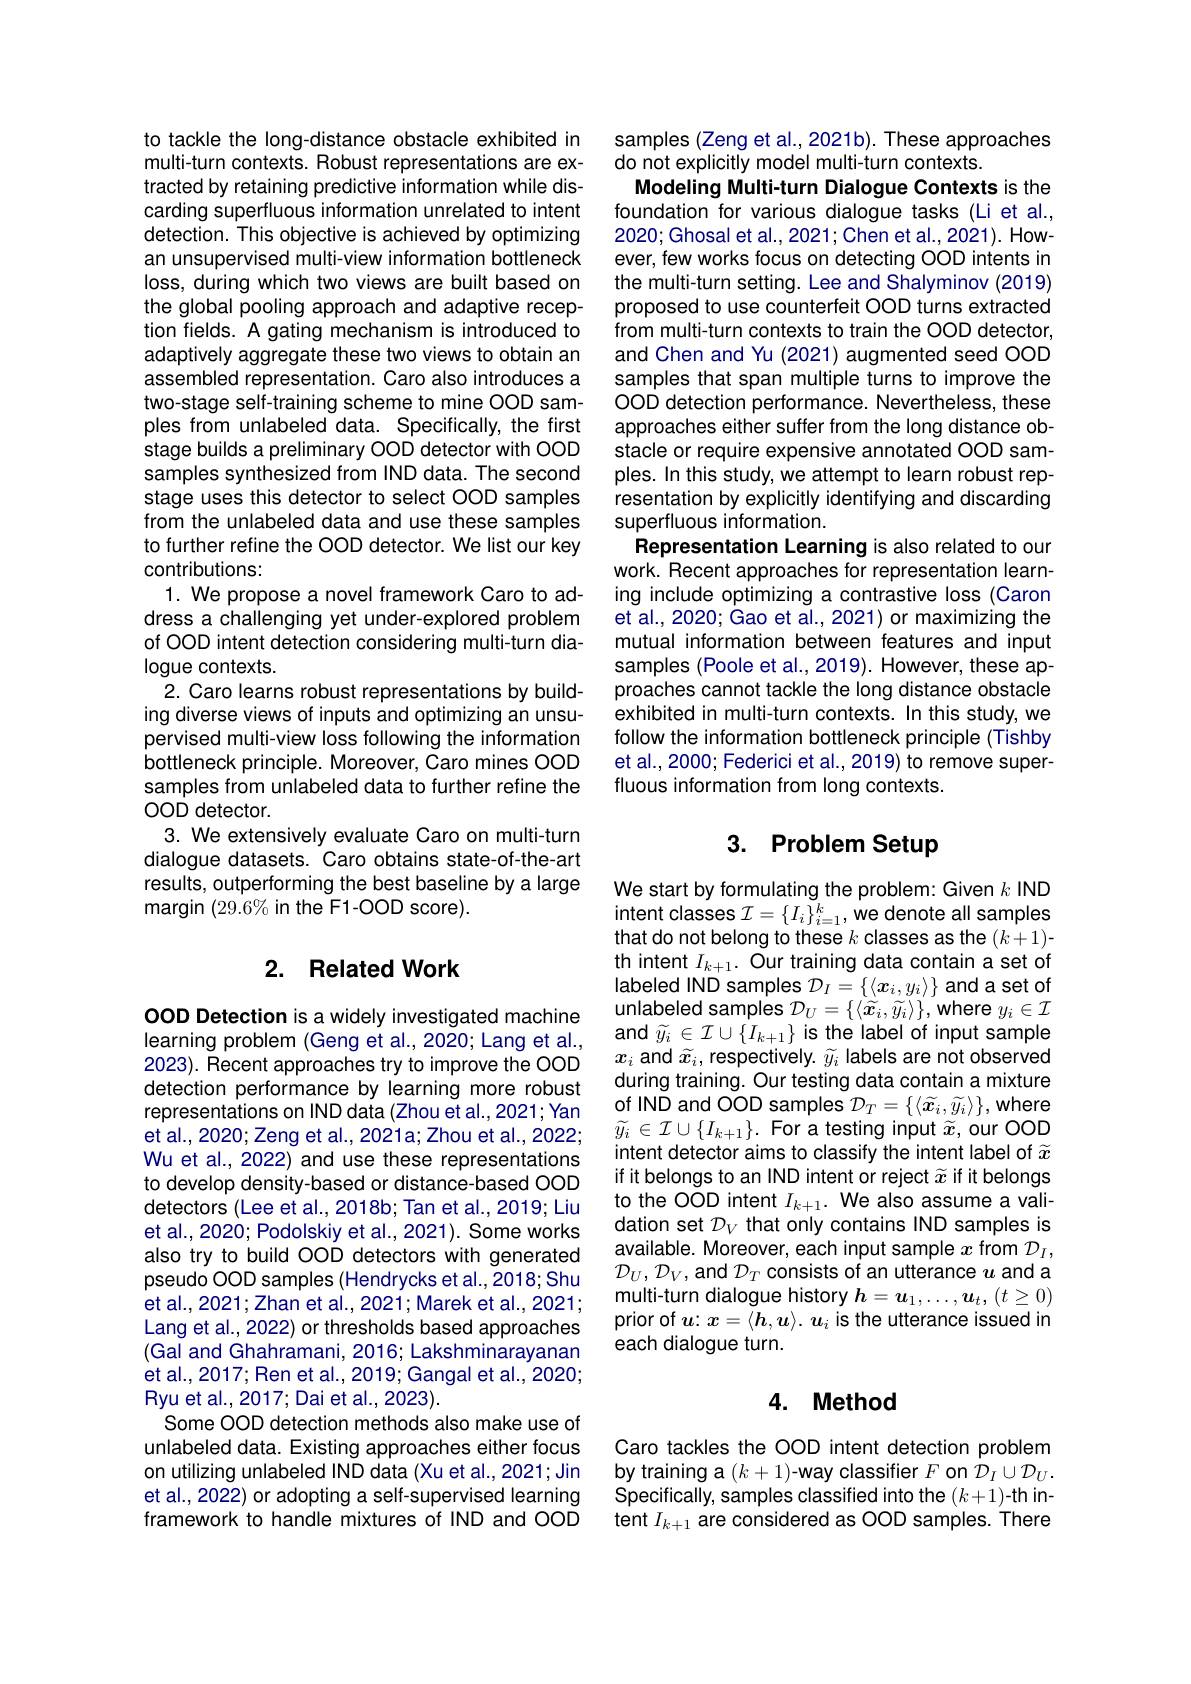
to tackle the long-distance obstacle exhibited in multi-turn contexts. Robust representations are extracted by retaining predictive information while discarding superfluous information unrelated to intent detection. This objective is achieved by optimizing an unsupervised multi-view information bottleneck loss, during which two views are built based on the global pooling approach and adaptive reception fields. A gating mechanism is introduced to adaptively aggregate these two views to obtain an assembled representation. Caro also introduces a two-stage self-training scheme to mine OOD samples from unlabeled data. Specifically, the first stage builds a preliminary OOD detector with OOD samples synthesized from IND data. The second stage uses this detector to select OOD samples from the unlabeled data and use these samples to further refine the OOD detector. We list our key contributions:
1. We propose a novel framework Caro to address a challenging yet under-explored problem of OOD intent detection considering multi-turn dialogue contexts.
2. Caro learns robust representations by building diverse views of inputs and optimizing an unsupervised multi-view loss following the information bottleneck principle. Moreover, Caro mines OOD samples from unlabeled data to further refine the OOD detector.
3. We extensively evaluate Caro on multi-turn dialogue datasets. Caro obtains state-of-the-art results, outperforming the best baseline by a large margin (29.6% in the F1-00D score).

## 2. Related Work

OOD Detection is a widely investigated machine learning problem (Geng et al., 2020; Lang et al., 2023). Recent approaches try to improve the OOD detection performance by learning more robust et al., 2020; Zeng et al., 2021a; Zhou et al., 2022; Wu et al., 2022) and use these representations to develop density-based or distance-based OOD detectors (Lee et al., 2018b; Tan et al., 2019; Liu et al., 2020; Podolskiy et al., 2021). Some works also try to build OOD detectors with generated pseudo OOD samples (Hendrycks et al., 2018; Shu et al., 2021; Zhan et al., 2021; Marek et al., 2021; Lang et al., 2022) or thresholds based approaches (Gal and Ghahramani, 2016; Lakshminarayanan et al., 2017; Ren et al., 2019; Gangal et al., 2020; Ryu et al. , 2017; Dai et al. , 2023) .
Some OOD detection methods also make use of unlabeled data. Existing approaches either focus on utilizing unlabeled IND data (Xu et al., 2021; Jin et al., 2022) or adopting a self-supervised learning framework to handle mixtures of IND and OOD

samples (Zeng et al.,2021b). These approaches
do not explicitly model multi-turn contexts.
Modeling Multi-turn Dialogue Contexts is the foundation for various dialogue tasks (Li et al. 2020;Ghosal et al., 2021; Chen et al., 2021). However, few works focus on detecting OOD intents in the multi-turn setting. Lee and Shalyminov (2019) proposed to use counterfeit OOD turns extracted from multi-turn contexts to train the OOD detector, and Chen and Yu (2021) augmented seed OOD samples that span multiple turns to improve the OOD detection performance. Nevertheless, these approaches either suffer from the long distance obstacle or require expensive annotated OOD samples. In this study, we attempt to learn robust representation by explicitly identifying and discarding superfluous information.
Representation Learning is also related to our work. Recent approaches for representation learning include optimizing a contrastive loss (Caron et al., 2020; Gao et al., 2021) or maximizing the mutual information between features and input samples (Poole et al., 2019). However, these approaches cannot tackle the long distance obstacle exhibited in multi-turn contexts. In this study, we follow the information bottleneck principle (Tishby et al., 2000; Federici et al., 2019) to remove superfluous information from long contexts.

# 3. Problem Setup

We start by formulating the problem: Given $k$ IND th intent $I_k+1.$ Our training data contain a set of $\begin{array}{l}\text{labeled IND samples }\mathcal{D}_{I}=\{\langle\boldsymbol{x}_{i},y_{i}\rangle\}\text{ and a set of}\\\text{unlabeled samples }\mathcal{D}_{U}=\{\langle\widetilde{\boldsymbol{x}}_{i},\widetilde{y}_{i}\rangle\},\text{where }y_{i}\in\mathcal{I}\end{array}$ and $\widetilde{y}_{i}\in\mathcal{I}\cup\{I_{k+1}\}$ is the label of input sample $x_i$ and $\widetilde{x}_i$, respectively. $\widetilde{y}_i$ labels are not observed during training. Our testing data contain a mixture
representations on IND data (Zhou et al.,2021; Yan of IND and OOD samples $\mathcal{D}_T=\{\langle\widetilde{x}_i,\widetilde{y}_i\rangle\}$,where et al.,2020; Zeng et al. 2021a; Zhou et al. 2022; $\widetilde{y}_i\in\mathcal{I}\cup\{I_{k+1}\}.$ For a testing input $\widetilde{x}$, our OOD
intent detector aims to classify the intent label of $\widetilde{x}$ if it belongs to an IND intent or reject $\widetilde{x}$ if it belongs to the OOD intent $I_k+1.$ We also assume a validation set $D_V$ that only contains IND samples is available. Moreover, each input sample $x$ from $\mathcal{D}_I$, $\mathcal{D}_U,\mathcal{D}_V$,and $\mathcal{D}_T$ consists of an utterance $u$ and a multi-turn dialogue history $h=u_1,\ldots,\boldsymbol{u}_t,(t\geq0)$ prior of $u{:}x=\langle\boldsymbol{h},\boldsymbol{u}\rangle.\boldsymbol{u}_i$ is the utterance issued in each dialogue turn.

# 4. Method

Caro tackles the OOD intent detection problem by training a $(k+1)$-way classifier $F$ on $\dot{\mathcal{D}}_I\cup\mathcal{D}_U.$ $\begin{array}{l}{\text{Specifically, samples classified into the }(k+1)-\mathrm{th~in-}}\\{\text{tent }I_{k+1}\text{ are considered as OOD samples. There}}\end{array}$